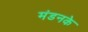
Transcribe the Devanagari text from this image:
मंडनके